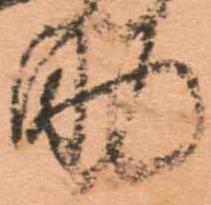
助